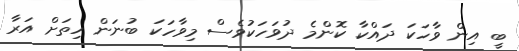
ބީ އިން ވާހަކަ ދައްކާ ކޮންމެ ދުވަހަކުވެސް މިވާހަކަ ބުނަން ހިތަށް އަރާ